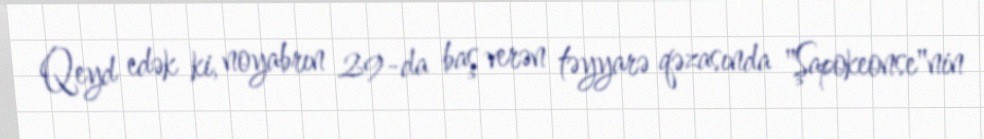
Qeyd edək ki, noyabrın 29-da baş verən təyyarə qəzasında "Şapokeonse"nin